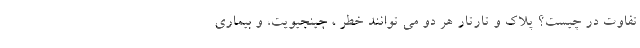
تفاوت در چیست؟ پلاک و تارتار هر دو می توانند خطر ، جینجیویت، و بیماری